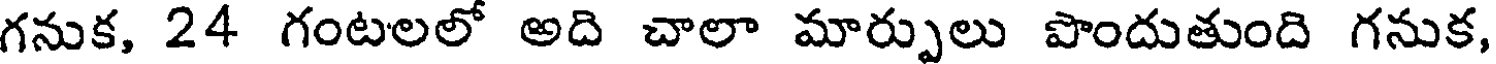
గనుక, 24 గంటలలో అది చాలా మార్పులు పొందుతుంది గనుక,